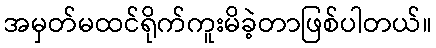
အမှတ်မထင်ရိုက်ကူးမိခဲ့တာဖြစ်ပါတယ်။